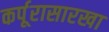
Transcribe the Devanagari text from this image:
कर्पूरासारखा